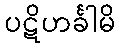
ပဋိဟင်္ခါမိ